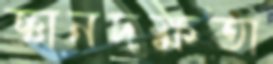
জ্ঞানদক্ষতা